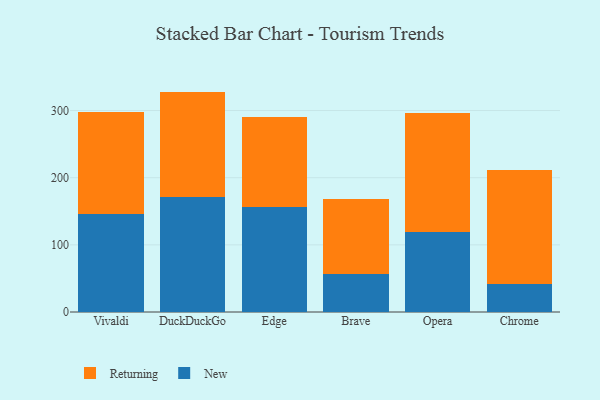
{"axis": {"x": "Browser", "y": "Humidity (%)"}, "legend": ["New", "Returning"], "data": [{"x": "Vivaldi", "y": 146.6, "type": "New"}, {"x": "Vivaldi", "y": 151.3, "type": "Returning"}, {"x": "DuckDuckGo", "y": 170.6, "type": "New"}, {"x": "DuckDuckGo", "y": 157.6, "type": "Returning"}, {"x": "Edge", "y": 157.1, "type": "New"}, {"x": "Edge", "y": 133.2, "type": "Returning"}, {"x": "Brave", "y": 56.4, "type": "New"}, {"x": "Brave", "y": 112.4, "type": "Returning"}, {"x": "Opera", "y": 118.9, "type": "New"}, {"x": "Opera", "y": 177.2, "type": "Returning"}, {"x": "Chrome", "y": 41.8, "type": "New"}, {"x": "Chrome", "y": 169.9, "type": "Returning"}]}